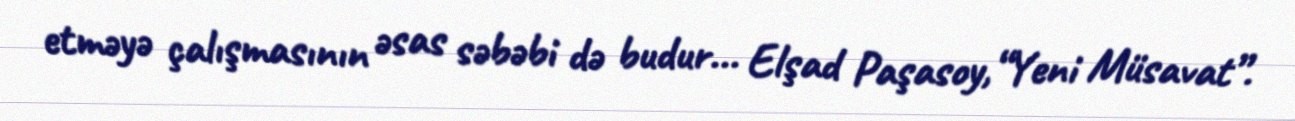
etməyə çalışmasının əsas səbəbi də budur... Elşad Paşasoy,“Yeni Müsavat”.